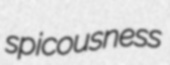
spicousness